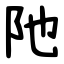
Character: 阤